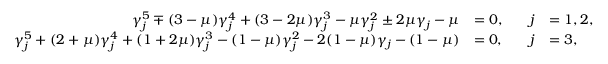
\begin{array} { r l r l } { \gamma _ { j } ^ { 5 } \mp ( 3 - \mu ) \gamma _ { j } ^ { 4 } + ( 3 - 2 \mu ) \gamma _ { j } ^ { 3 } - \mu \gamma _ { j } ^ { 2 } \pm 2 \mu \gamma _ { j } - \mu } & { = 0 , \quad } & { j } & { = 1 , 2 , } \\ { \gamma _ { j } ^ { 5 } + ( 2 + \mu ) \gamma _ { j } ^ { 4 } + ( 1 + 2 \mu ) \gamma _ { j } ^ { 3 } - ( 1 - \mu ) \gamma _ { j } ^ { 2 } - 2 ( 1 - \mu ) \gamma _ { j } - ( 1 - \mu ) } & { = 0 , \quad } & { j } & { = 3 , } \end{array}